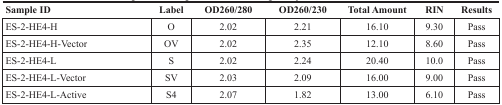
<table><thead><tr><td><b>Sample ID</b></td><td><b>Label</b></td><td><b>OD260/280</b></td><td><b>OD260/230</b></td><td><b>Total Amount</b></td><td><b>RIN</b></td><td><b>Results</b></td></tr></thead><tbody><tr><td>ES-2-HE4-H</td><td>O</td><td>2.02</td><td>2.21</td><td>16.10</td><td>9.30</td><td>Pass</td></tr><tr><td>ES-2-HE4-H-Vector</td><td>OV</td><td>2.02</td><td>2.35</td><td>12.10</td><td>8.60</td><td>Pass</td></tr><tr><td>ES-2-HE4-L</td><td>S</td><td>2.02</td><td>2.24</td><td>20.40</td><td>10.0</td><td>Pass</td></tr><tr><td>ES-2-HE4-L-Vector</td><td>SV</td><td>2.03</td><td>2.09</td><td>16.00</td><td>9.00</td><td>Pass</td></tr><tr><td>ES-2-HE4-L-Active</td><td>S4</td><td>2.07</td><td>1.82</td><td>13.00</td><td>6.10</td><td>Pass</td></tr></tbody></table>